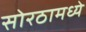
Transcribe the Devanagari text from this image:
सोरठामध्ये